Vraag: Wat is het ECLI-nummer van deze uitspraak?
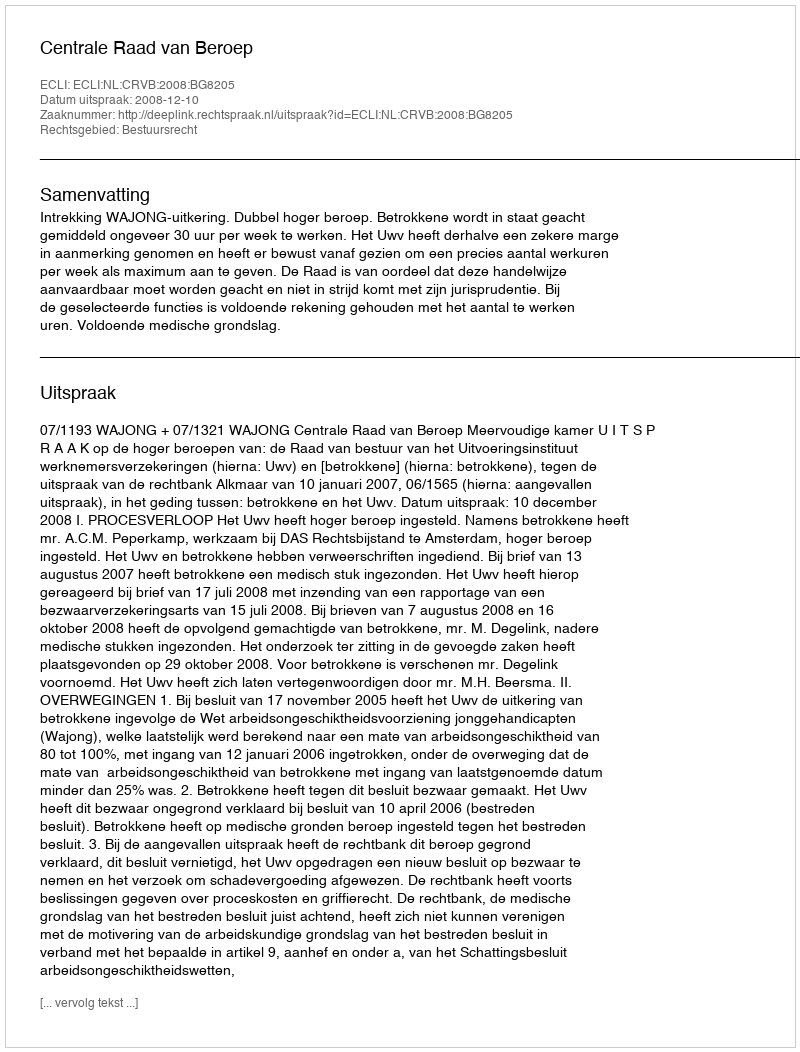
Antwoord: ECLI:NL:CRVB:2008:BG8205